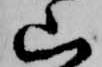
山